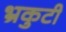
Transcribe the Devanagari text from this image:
भ्रकुटी